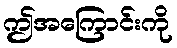
ဤအကြောင်းကို